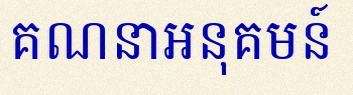
គណនាអនុគមន៍